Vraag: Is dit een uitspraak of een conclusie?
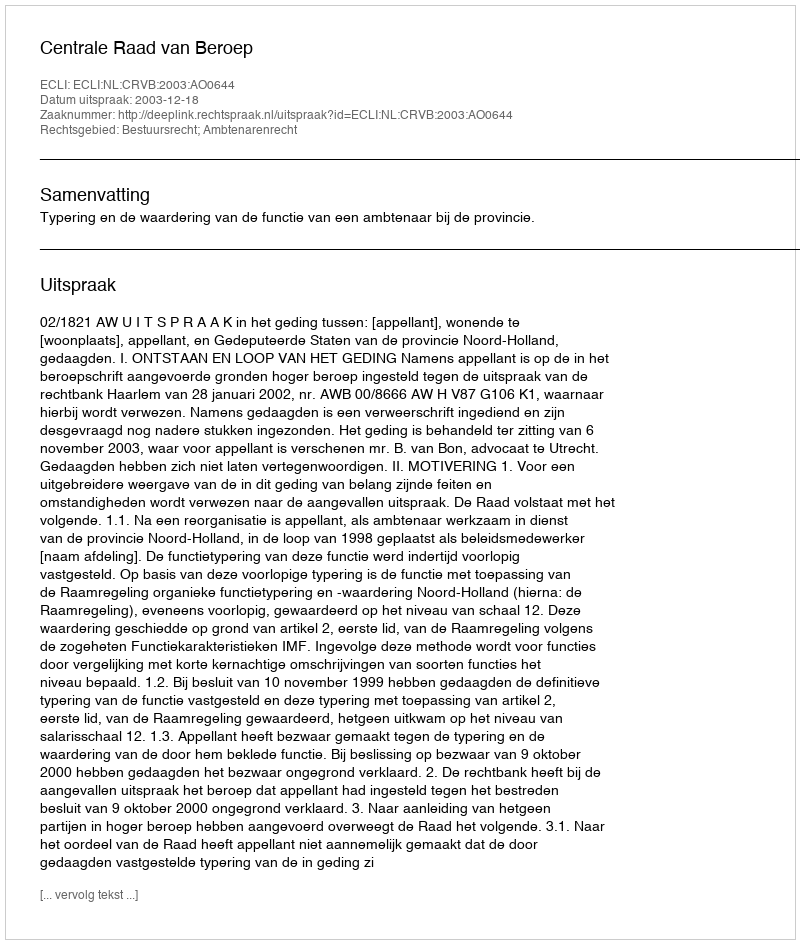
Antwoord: Uitspraak